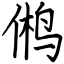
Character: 鸺